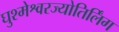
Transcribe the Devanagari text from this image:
घुश्मेश्वरज्योतिर्लिंग